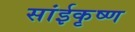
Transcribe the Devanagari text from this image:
सांईकृष्‍ण